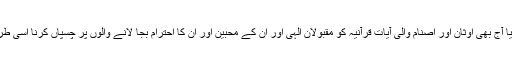
سوال پیدا ہوتا ہے کیا آج بھی اوثان اور اصنام والی آیاتِ قرآنیہ کو مقبولانِ الٰہی اور اُن کے محبین اور اُن کا احترام بجا لانے والوں پر چسپاں کرنا اسی طرح قابلِ مذمت نہیں؟